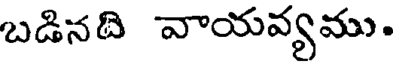
బడినది వాయవ్యము.